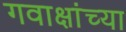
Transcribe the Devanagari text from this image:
गवाक्षांच्या